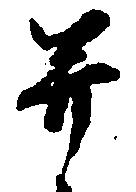
并